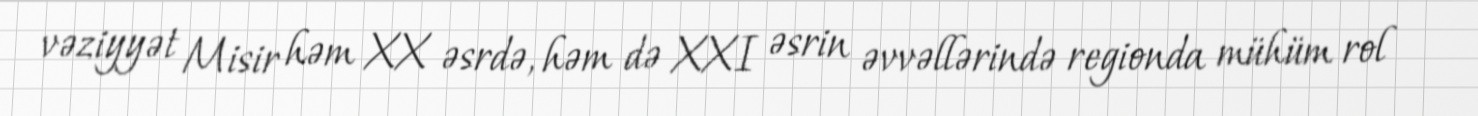
vəziyyət Misir həm XX əsrdə, həm də XXI əsrin əvvəllərində regionda mühüm rol